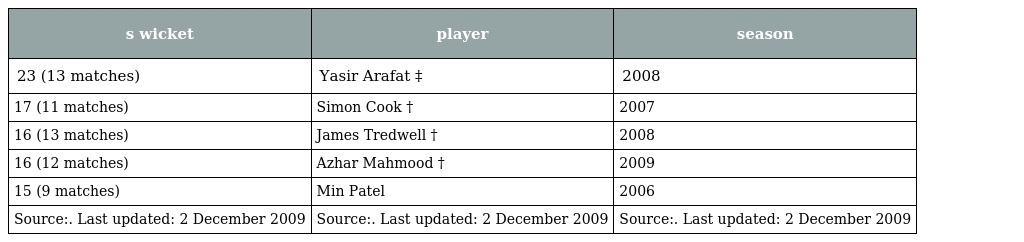
| s wicket | player | season |
 | --- | --- | --- |
 | 23 (13 matches) | Yasir Arafat ‡ | 2008 |
 | 17 (11 matches) | Simon Cook † | 2007 |
 | 16 (13 matches) | James Tredwell † | 2008 |
 | 16 (12 matches) | Azhar Mahmood † | 2009 |
 | 15 (9 matches) | Min Patel | 2006 |
 | Source:. Last updated: 2 December 2009 | Source:. Last updated: 2 December 2009 | Source:. Last updated: 2 December 2009 |